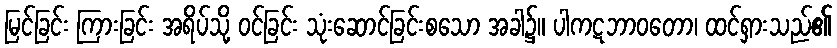
မြင်ခြင်း ကြားခြင်း အရိပ်သို့ ဝင်ခြင်း သုံးဆောင်ခြင်းစသော အခါ၌။ ပါကဋဘာဝတော၊ ထင်ရှားသည်၏